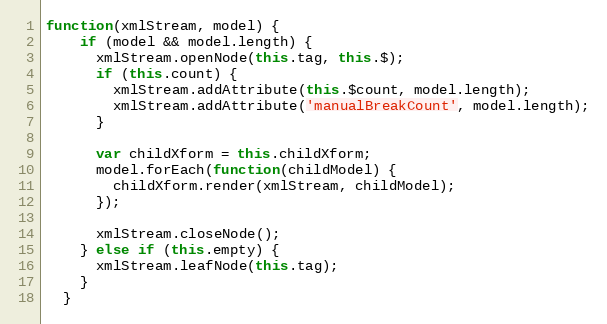
Language: JavaScript
function(xmlStream, model) {
    if (model && model.length) {
      xmlStream.openNode(this.tag, this.$);
      if (this.count) {
        xmlStream.addAttribute(this.$count, model.length);
        xmlStream.addAttribute('manualBreakCount', model.length);
      }

      var childXform = this.childXform;
      model.forEach(function(childModel) {
        childXform.render(xmlStream, childModel);
      });

      xmlStream.closeNode();
    } else if (this.empty) {
      xmlStream.leafNode(this.tag);
    }
  }